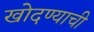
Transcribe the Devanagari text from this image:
खोदण्याची